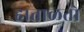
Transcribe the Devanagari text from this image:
हाताळतो